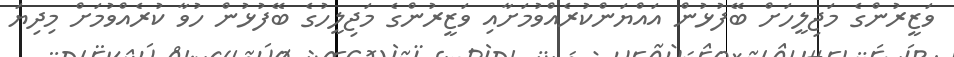
ވަޒީރުންގެ މަޖިލީހަށް ބޭފުޅުން އައްޔަންކުރެއްވުމަށާއި ވަޒީރުންގެ މަޖިލީހުގެ ބޭފުޅުން ހުވާ ކުރެއްވުމަށް މިދިޔަ